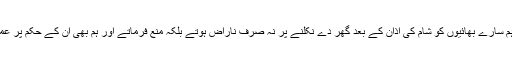
والد صاحب ہم سارے بھائیوں کو شام کی اذان کے بعد گھر دے نکلنے پر نہ صرف ناراض ہوتے بلکہ منع فرماتے اور ہم بھی ان کے حکم پر عمل پیرا ہوتے۔